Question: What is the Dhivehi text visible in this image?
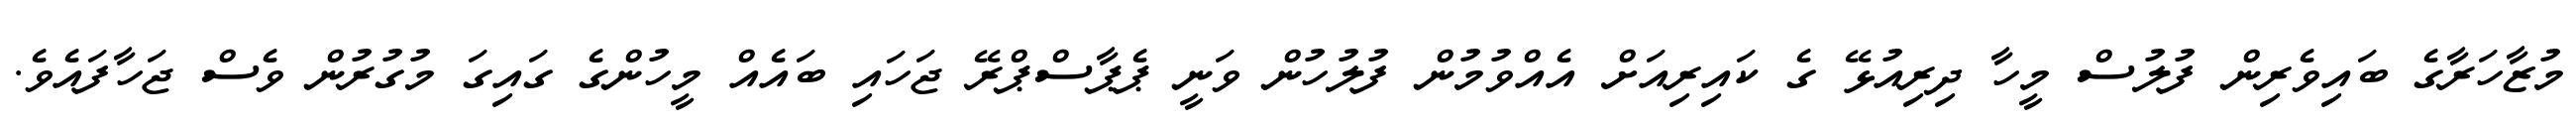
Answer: މުޒާހަރާގެ ބައިވެރިން ފުލުސް މީހާ ދިރިއުޅޭ ގެ ކައިރިއަށް އެއްވުމުން ފުލުހުން ވަނީ ޕެޕާސްޕްރޭ ޖަހައި ބައެއް މީހުންގެ ގައިގަ މުގުރުން ވެސް ޖަހާފައެވެ.